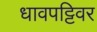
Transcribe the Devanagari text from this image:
धावपट्टिवर